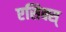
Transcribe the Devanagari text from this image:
एसिक्स्